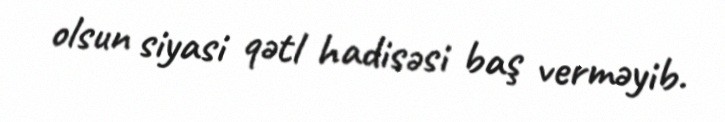
olsun siyasi qətl hadisəsi baş verməyib.